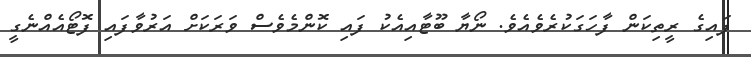
ފައިގެ ރީތިކަން ފާހަގަކުރެވެއެވެ. ނޯޔާ ބޫޓާއިއެކު ފައި ކޮންމެވެސް ވަރަކަށް އަރުވާފައި ފޮޓޯއެއްނެގީ